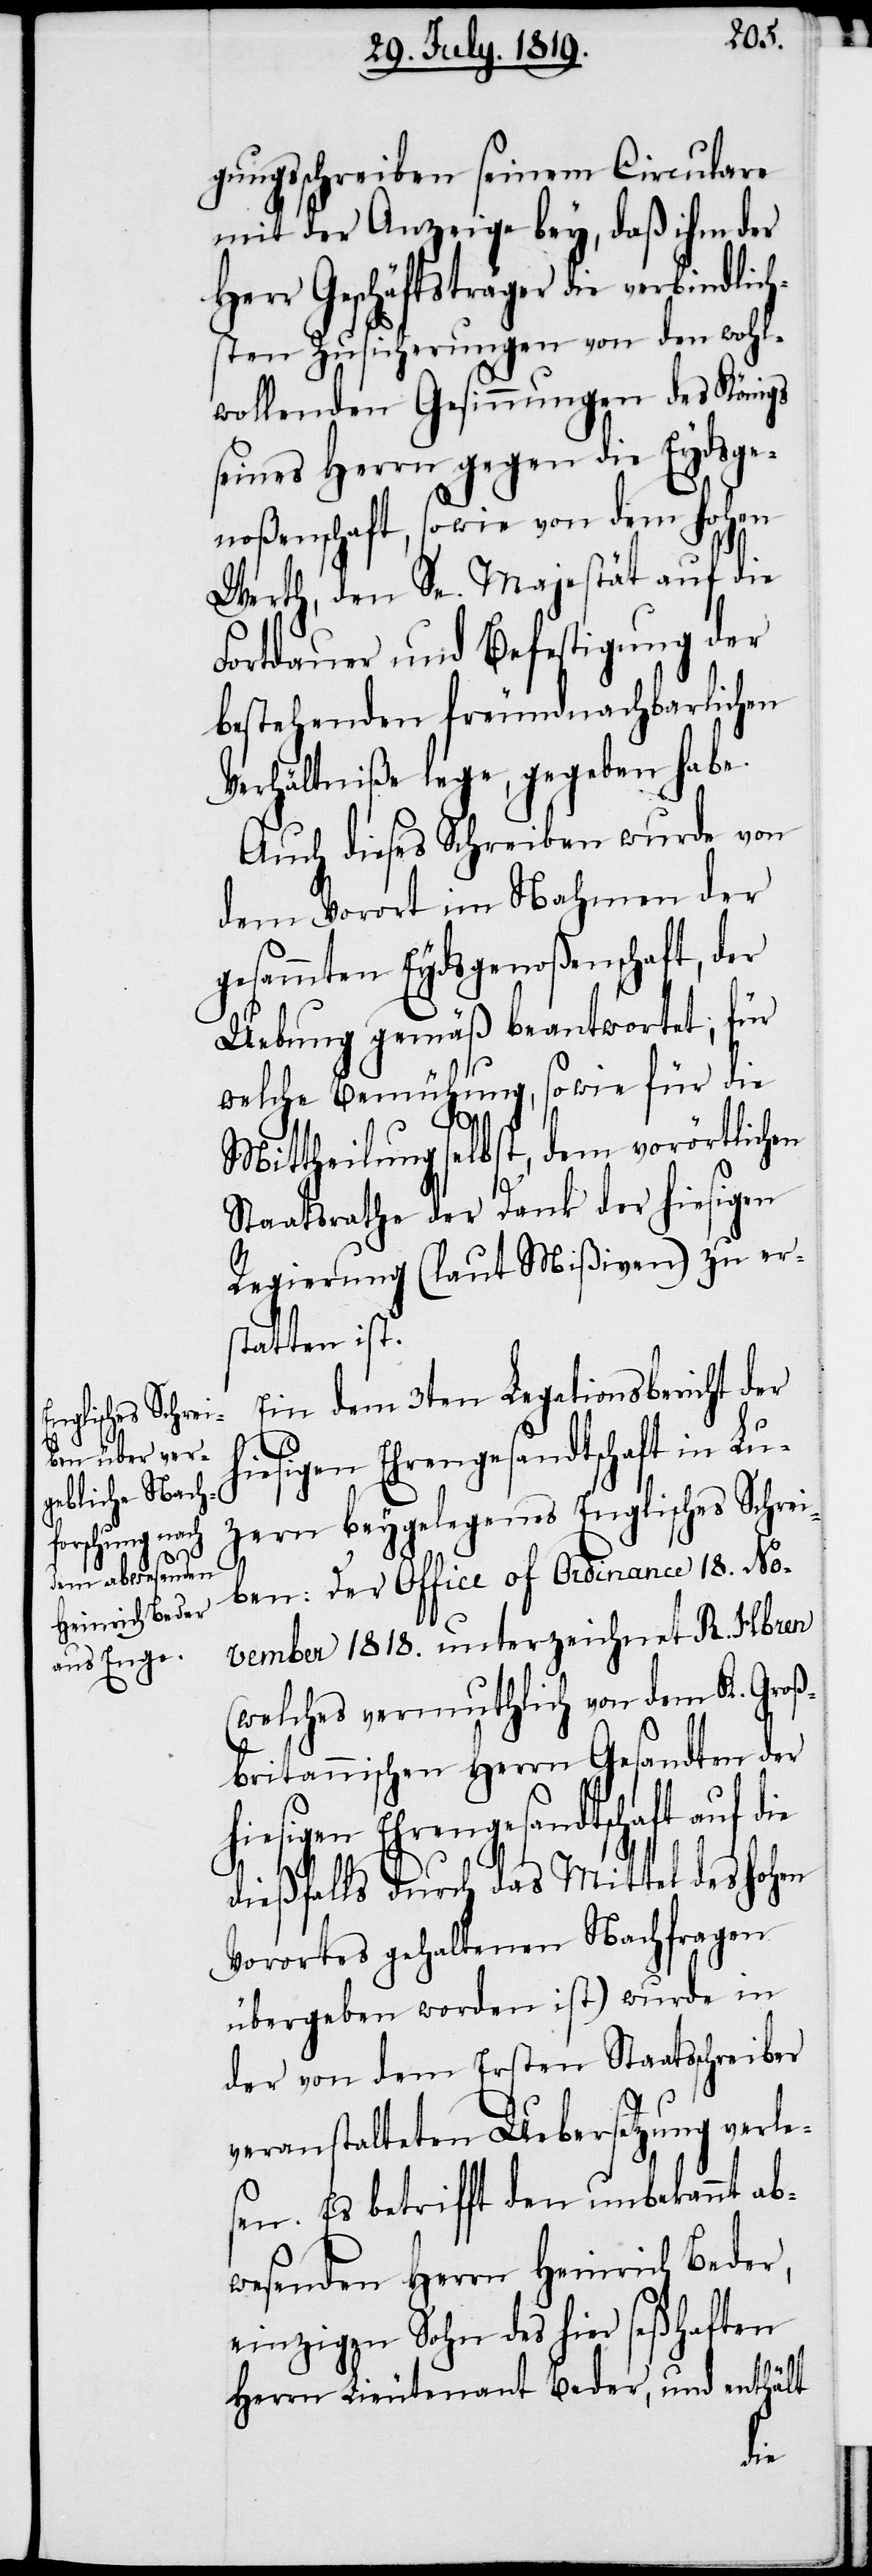
gungsschreiben seinem Circulare
mit der Anzeige bey, daß ihm der
Herr Geschäftsträger die verbindlich¬
sten Zusicherungen von den wohl¬
wollenden Gesinnungen des Königs
seines Herrn gegen die Eydsge¬
noßenschaft, sowie von dem hohen
Werth, den Se. Majestät auf die
Fortdauer und Befestigung der
bestehenden freundnachbarlichen
Verhälntiße lege, gegeben habe.
Auch dieses Schreiben wurde von
dem Vorort im Nahmenn der
gesammten Eydsgenoßenschaft, der
Uebung gemäß beantwortet; für
welche Bemühung, so wie für die
Mittheilung selbst, dem vorörtlichen
Staatsrathe der Dank der hiesigen
Regierung (laut Mißiven) zu er¬
statten ist.
Ein dem 3ten Legationsbericht der
hiesigen Ehrengesandtschaft in Lu¬
zern beygelegenes Englisches Schrei¬
ben: Der Office of Ordinance 18. No¬
vember 1818. unterzeichnet R. Hbren
(welches vermuthlich von dem K. Groß¬
britannischen Herrn Gesandten der
hiesigen Ehrengesandtschaft auf
dießfalls durch das Mittel des hohen
Vorortes gehaltenen Nachfragen
übergeben worden ist) wurde in
der von dem Ersten Staatsschreiber
veranstalteten Uebersetzung verle¬
sen. Es betrifft den unbekannt ab¬
wesenden Herrn Heinrich Beder,
einzigen Sohn des hier seßhaften
Herrn Lieutenant Beder, und enthält
die